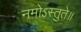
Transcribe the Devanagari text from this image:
नमोऽस्तुते॥